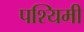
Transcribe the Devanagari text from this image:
पश्यिमी